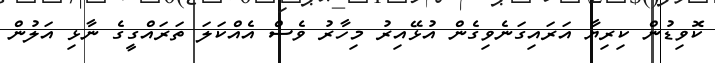
ކޮވިޑުން ކިރިޔާ އަރައިގަނެވިގެން އުޅޭއިރު މިހާރު ވެސް އެއްކަލަ ތަރައްގީގެ ނާޅި އަލުން